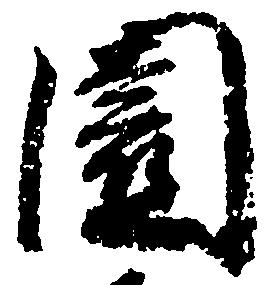
園